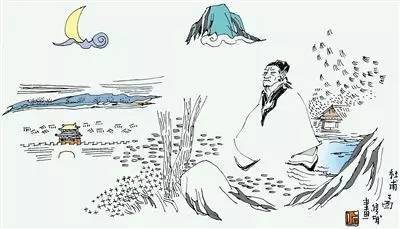
何时一樽酒，重与细论文。